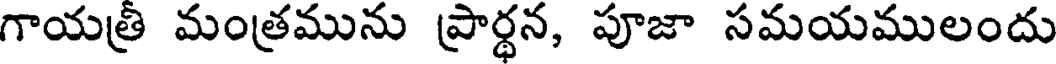
గాయత్రి మంత్రమును ప్రార్థన, పూజా సమయములందు